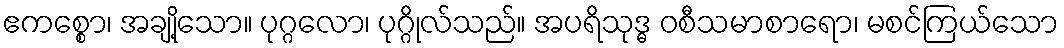
ဧကစ္စော၊ အချို့သော။ ပုဂ္ဂလော၊ ပုဂ္ဂိုလ်သည်။ အပရိသုဒ္ဓ ဝစီသမာစာရော၊ မစင်ကြယ်သော